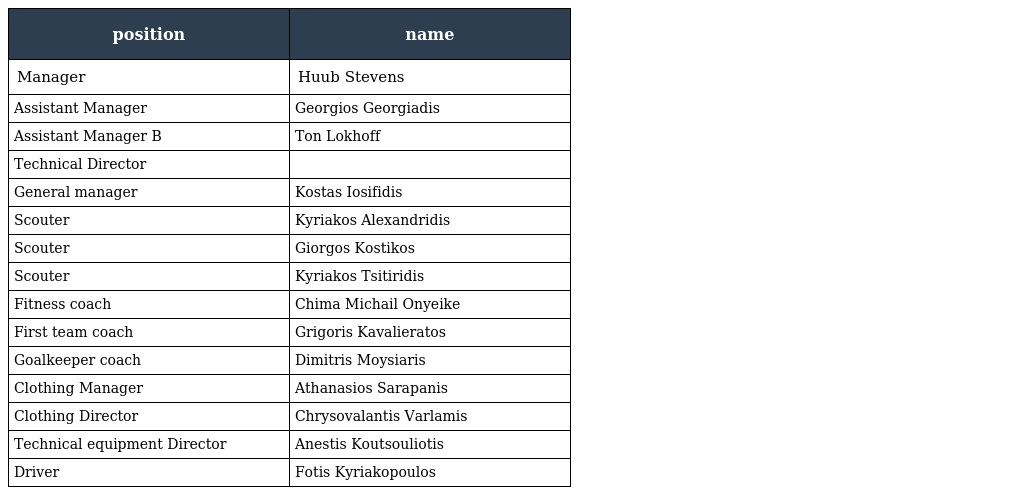
| position | name |
 | --- | --- |
 | Manager | Huub Stevens |
 | Assistant Manager | Georgios Georgiadis |
 | Assistant Manager B | Ton Lokhoff |
 | Technical Director |  |
 | General manager | Kostas Iosifidis |
 | Scouter | Kyriakos Alexandridis |
 | Scouter | Giorgos Kostikos |
 | Scouter | Kyriakos Tsitiridis |
 | Fitness coach | Chima Michail Onyeike |
 | First team coach | Grigoris Kavalieratos |
 | Goalkeeper coach | Dimitris Moysiaris |
 | Clothing Manager | Athanasios Sarapanis |
 | Clothing Director | Chrysovalantis Varlamis |
 | Technical equipment Director | Anestis Koutsouliotis |
 | Driver | Fotis Kyriakopoulos |